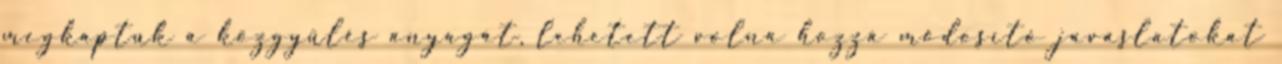
megkaptuk a közgyűlés anyagát, lehetett volna hozzá módosító javaslatokat